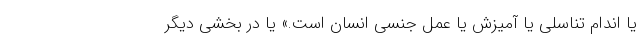
یا اندام تناسلی یا آمیزش یا عمل جنسی انسان است.» یا در بخشی دیگر